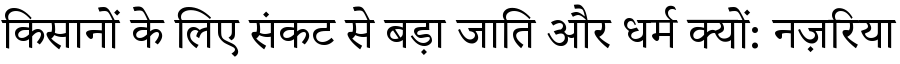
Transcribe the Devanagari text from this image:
किसानों के लिए संकट से बड़ा जाति और धर्म क्यों: नज़रिया